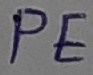
Text: PE